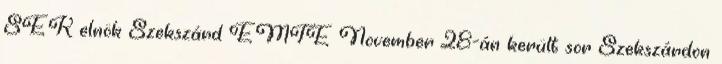
SEK elnök Szekszárd EMTE November 28-án került sor Szekszárdon